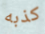
كذبه